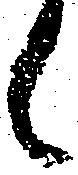
候